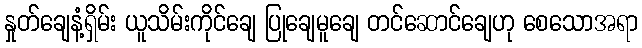
နှုတ်ချေနံ့ရှိမ်း ယူသိမ်းကိုင်ချေ ပြုချေမူချေ တင်ဆောင်ချေဟု စေသောအရာ